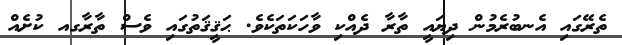
ތެރޭގައި އެނބުރެމުން ދިޔައީ ތާރާ ދެއްކި ވާހަކަތަކެވެ. ޙަޤީޤަތުގައި ވެސް ތާރާގއ ކުށެއް